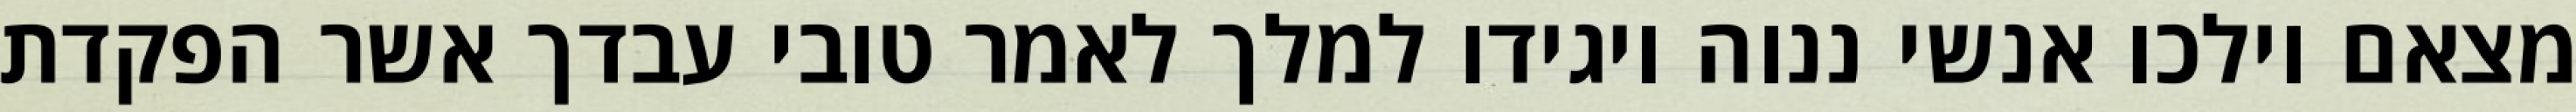
מצאם וילכו אנשי ננוה ויגידו למלך לאמר טובי עבדך אשר הפקדת